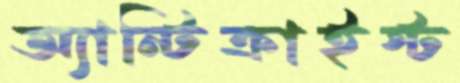
অ্যান্টিক্রাইস্ট